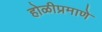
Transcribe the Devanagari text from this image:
होळीप्रमाणे